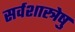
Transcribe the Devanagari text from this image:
सर्वशास्त्रेषु